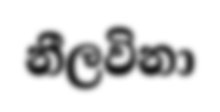
නීලවිනා